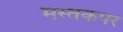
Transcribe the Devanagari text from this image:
मस्तकपर